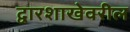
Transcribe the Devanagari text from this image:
द्वारशाखेवरील